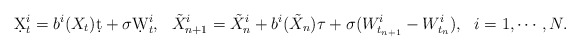
\begin{align*}\d X_t^i = b^i(X_t)\d t + \sigma\d W_t^i,~~\tilde X_{n+1}^i = \tilde X_n^i + b^i(\tilde X_n)\tau + \sigma (W_{t_{n+1}}^i-W_{t_n}^i),~~i=1,\cdots,N.\end{align*}